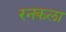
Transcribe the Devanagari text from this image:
रनकला